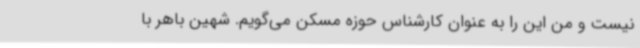
نیست و من این را به عنوان کارشناس حوزه مسکن می‌گویم. شهین باهر با